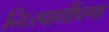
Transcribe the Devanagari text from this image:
निःस्वार्थीपणा